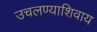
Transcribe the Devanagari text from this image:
उचलण्याशिवाय